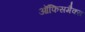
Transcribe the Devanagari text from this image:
ऑफिसमैक्स